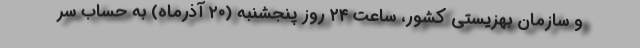
و سازمان بهزیستی کشور، ساعت ۲۴ روز پنجشنبه (۲۰ آذرماه) به حساب سر